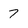
Character: 7